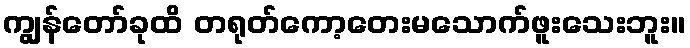
ကျွန်တော်ခုထိ တရုတ်ကော့တေးမသောက်ဖူးသေးဘူး။